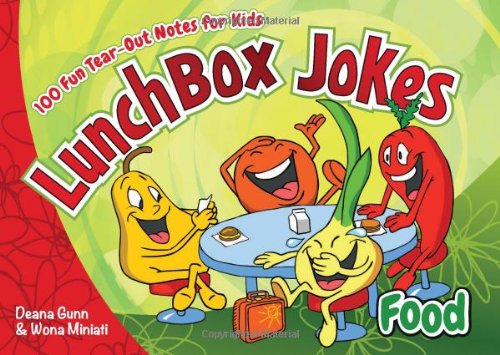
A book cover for Lunchbox Jokes: Food: 100 Fun Tear-Out Notes for Kids; Deana Gunn; Humor & Entertainment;